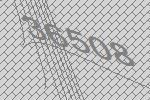
36508